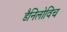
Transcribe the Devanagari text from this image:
डैनिलोविच